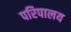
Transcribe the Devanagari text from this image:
परिपालय